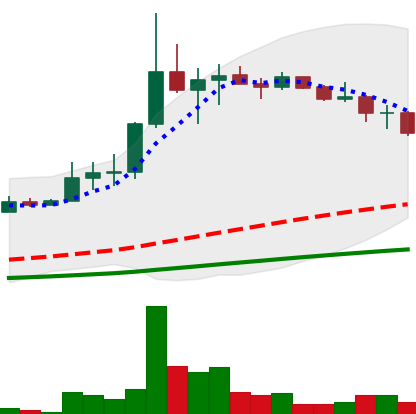
Ticker: LINK-USD
Chart end date: 2019-07-11
Forward return: -22.266%
Label: down_7plus